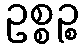
ဥစ္စဉ္စ